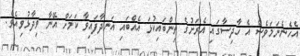
އެހެނެނަމަވެސް އެ ހާދިސާގައި އެރަށުގެ ތިންބައިކުޅަ އެއްބައި އަނދާފައިވާ ކަމަށް އޭނާ ވިދާޅުވިއެވެ.